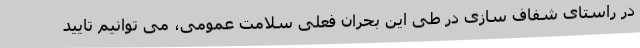
در راستای شفاف سازی در طی این بحران فعلی سلامت عمومی، می توانیم تایید